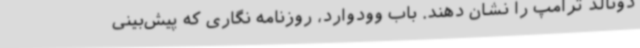
دونالد ترامپ را نشان دهند. باب وودوارد، روزنامه نگاری که پیش‌بینی